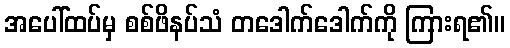
အပေါ်ထပ်မှ စစ်ဖိနပ်သံ တဒေါက်ဒေါက်ကို ကြားရ၏။